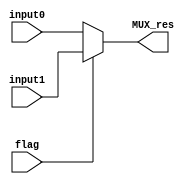
`timescale 1ns / 1ps

module MUX_zeroone(
	input [31:0] input0,
	input [31:0] input1,
	input flag,
	output reg [31:0] MUX_res
    );
	
	always @ (input0 or input1 or flag)
	begin
		if(flag == 0) MUX_res = input0;
		else MUX_res = input1;
	end
endmodule